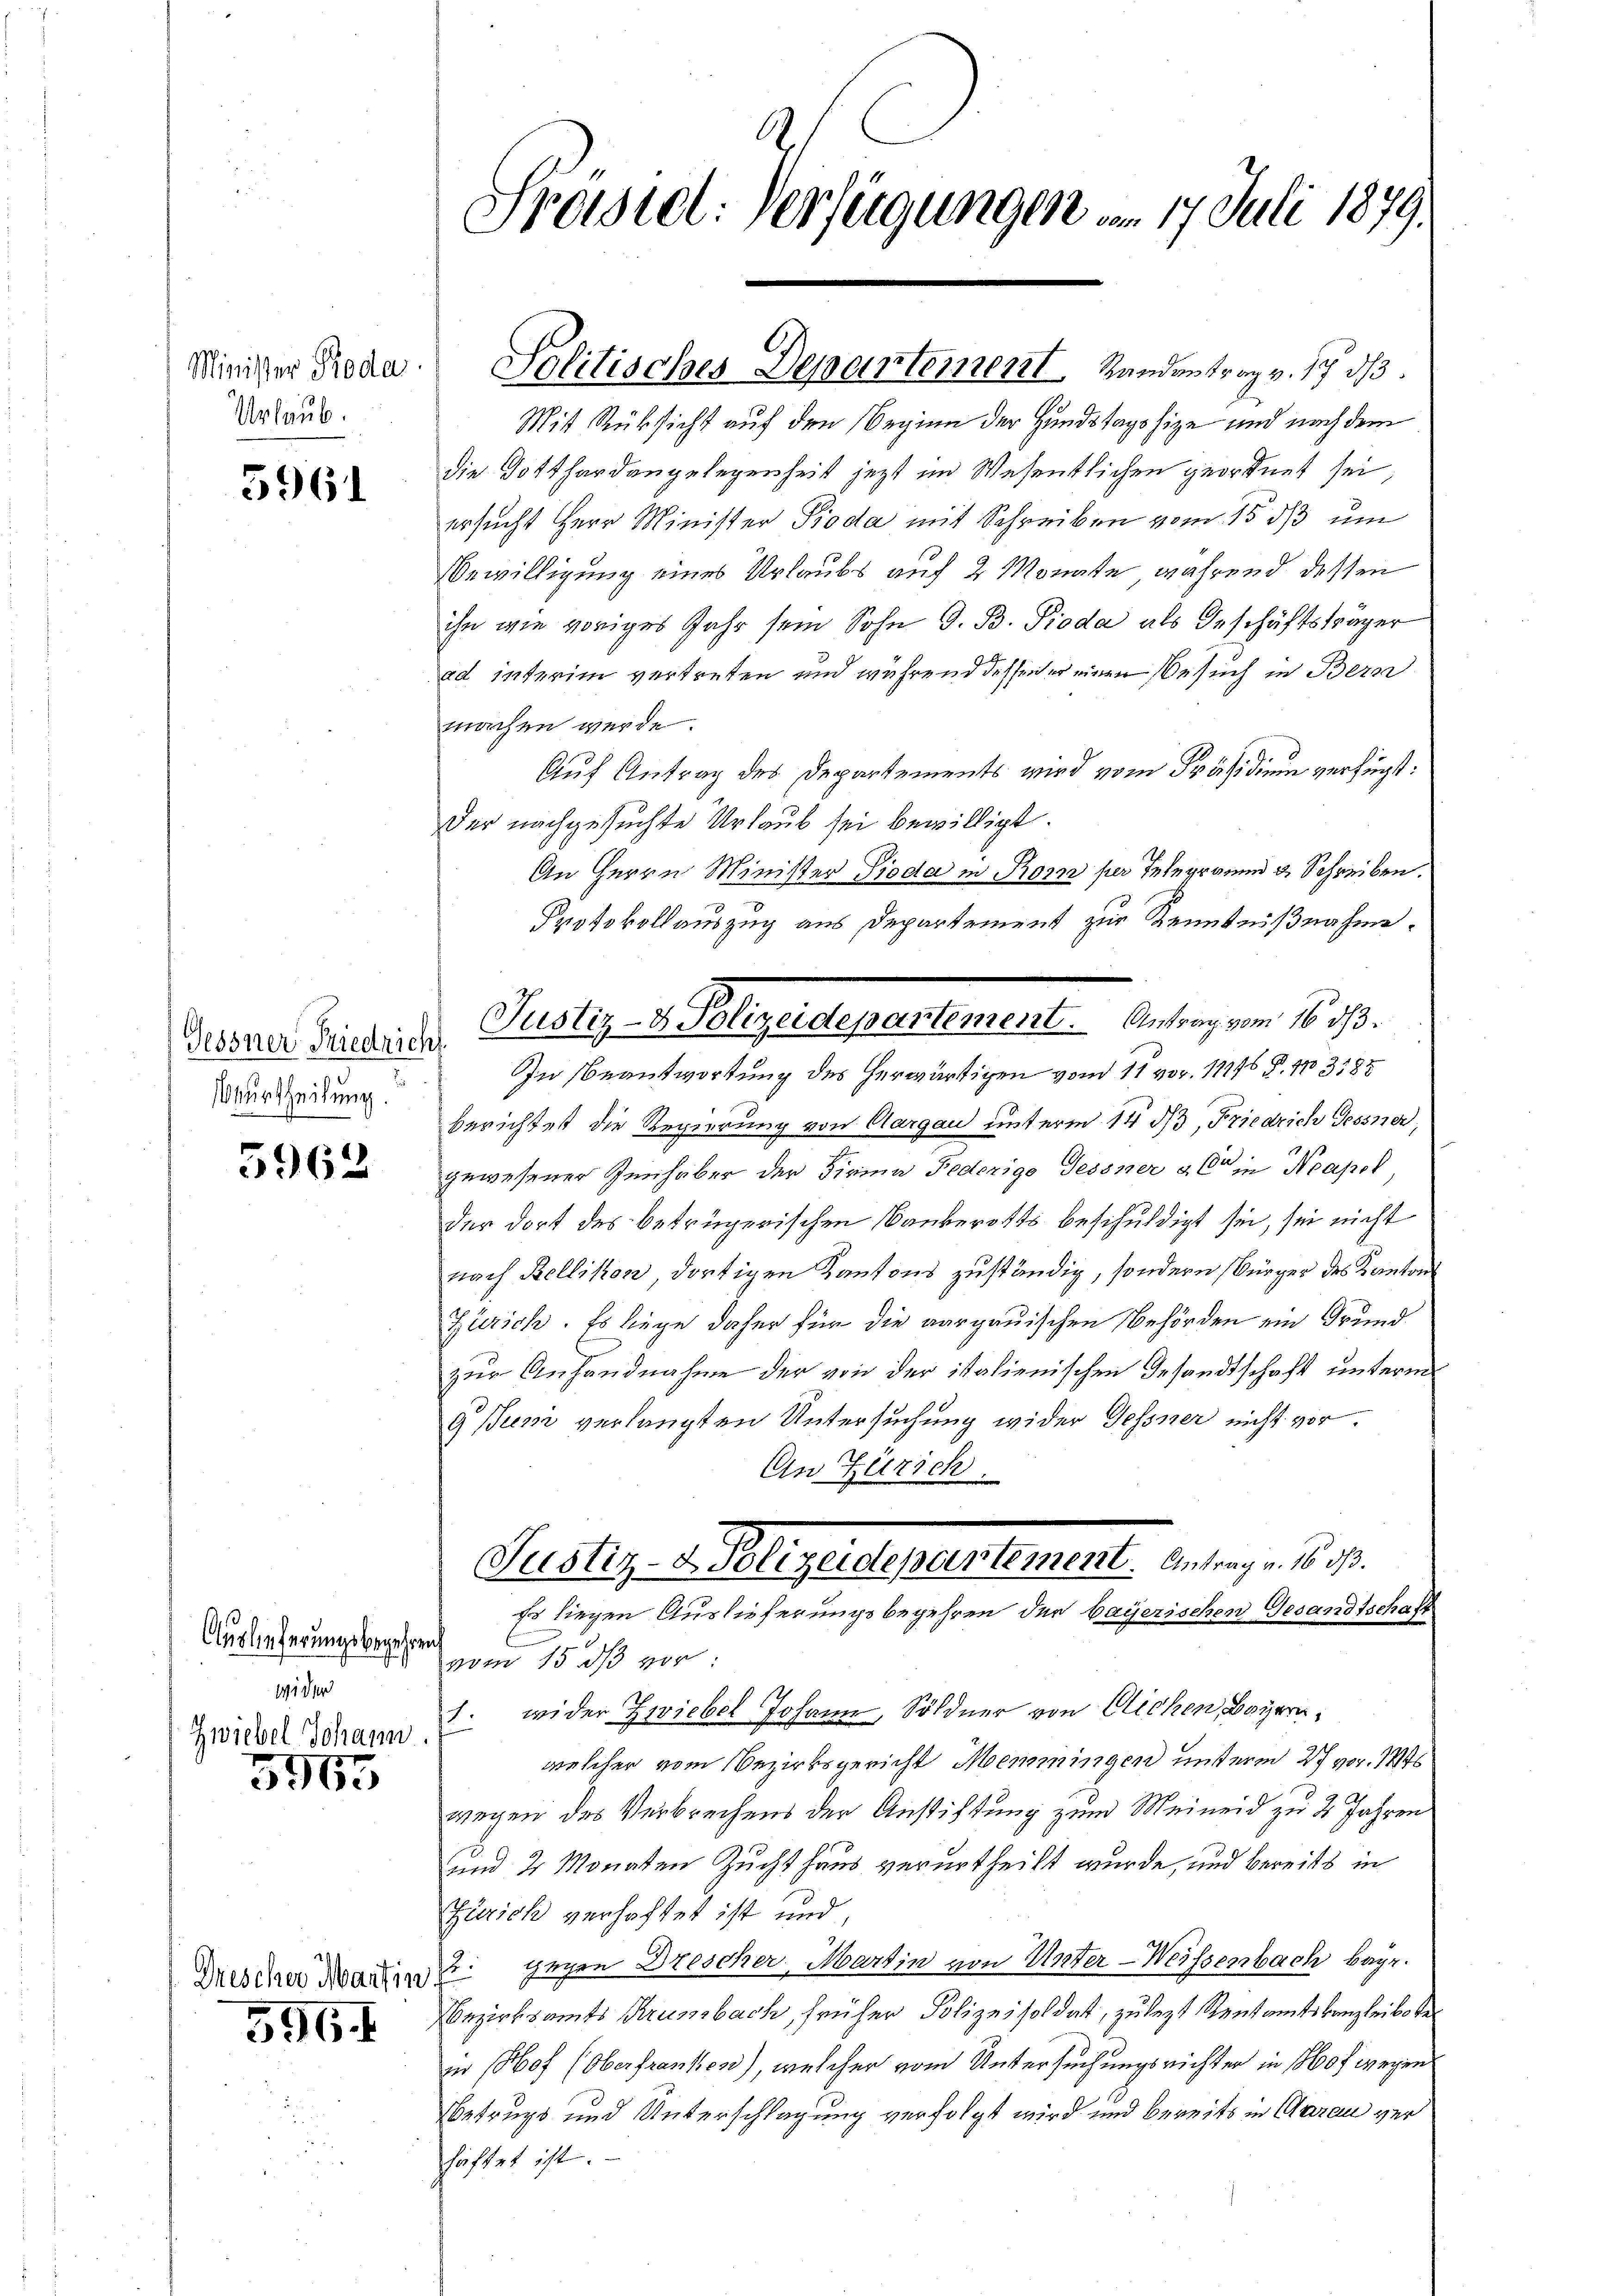
Minister Pioda
Urlaub.

5961

Gessner Riedrich
Beurtheilung.

5962

Auslieferungsbegehren
wider
Zwiebel Johann

596

Drescher Martin
596.

Präsiel: Verfügungen am 17. Juli 1879.

Politisches Departement Handentrag v. 17. ds.

Mit Rücksicht auf den Beginn der Handstagshize und nach dem
die Dotthardangelegenheit jetzt im Wesentlichen geordnet sei,
ersucht Herr Minister Pioda mit Schreiben vom 15. ds um
Bewilligung eines Urlaubs auf 2 Monate während dessen
ihn wie voriges Jahr sein Sohn G. B. Pioda als Geschäftsträger
ad interim vertreten und während dessen er einen Besuch in Bern
machen werde.
Auf Antrag des Departements wird vom Präsidium verfügt:
der nachgesuchte Urlaub sei bewilligt.
An Herrn Minister Pioda in Korn per Telegramm & Schreiben.
Protokollauszug aus Departement zur Kenntnißnahme.
In Beantwortung des herwärtigen vom 11 vor. 11176 P. 113185
berichtet die Regierung von Aargau unterm 14. ds, Friedrich Gessner,
gewesener Zunhaber der Firina Federige Gessner & C in Neapol
der dort des betrügerischen Bankerotts beschuldigt sei, sei nicht
nach Bellikon, dortigen Kantons zuständig, sondern Bürger des Kantons
Zürich. Es liege daher für die aargauischen Behörden ein Grund
zur Anhandnahme der von der italienischen Gesandtschaft unterm
9 Jun verlangten Untersuchung wider Gessner nicht vor.
An Zürich
Justiz- u. Klages departement. Antrag. 1890.
Es liegen Auslieferungsbegehren der bayerischen Gesandtschaft
vom 15. ds vor:
1. wider Zwiebel Johann, Söldner von Glichen, Bayern,
welcher vom Bezirksgericht Memmingen unterm 27 vor. 184
wegen des Verbrechens der Anstiftung zum Meineid zu 2 Jahren
und 2 Monaten Zuchthaus verurtheilt wurde, und bereits in
Zürich verhaftet ist und,
2. gegen Drescher Martin von Unter-Weissenbach bayr.
Bezirksamts Krumbach, früher Polizeisoldat, zulezt Rentamtskanzleibote
in 180f (Oberfrankes), welcher vom Untersuchungsrichter in 1860f wegen
Betrupt und Unterschlagung verfolgt wird und bereits in Aarau verhaftet ist.

Justiz- u. Gelegendepartement. Antragen 6. 170.